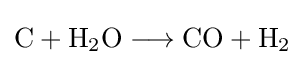
{\mathrm {C} {}+{}\mathrm {H} {\vphantom {A}}_{\smash[{t}]{2}}\mathrm {O} {}\mathrel {\longrightarrow } {}\mathrm {CO} {}+{}\mathrm {H} {\vphantom {A}}_{\smash[{t}]{2}}}